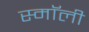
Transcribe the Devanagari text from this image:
स्माॅली